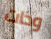
وذات